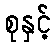
စုနှင့်